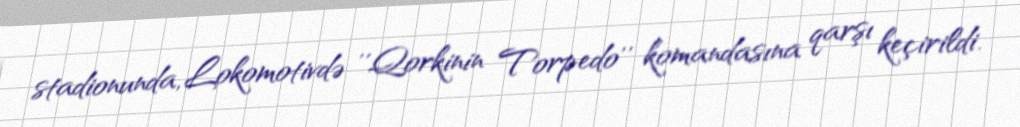
stadionunda, Lokomotivdə ''Qorkinin Torpedo'' komandasına qarşı keçirildi.